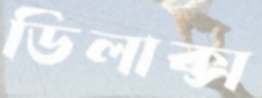
ডিলাক্স